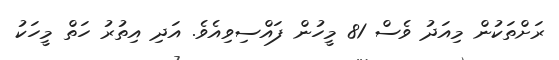
ރަށްތަކުން މިއަދު ވެސް 81 މީހުން ފައްސިވިއެވެ. އަދި އިތުރު ހަތް މީހަކު